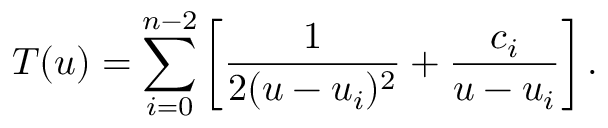
T ( u ) = \sum _ { i = 0 } ^ { n - 2 } \left[ { \frac { 1 } { 2 ( u - u _ { i } ) ^ { 2 } } } + { \frac { c _ { i } } { u - u _ { i } } } \right] .